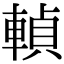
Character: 䡠